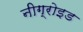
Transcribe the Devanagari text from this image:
नीग्रोइड